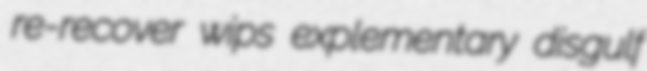
re-recover wips explementary disgulf